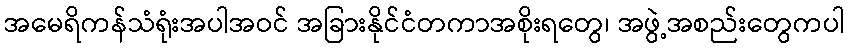
အမေရိကန်သံရုံးအပါအဝင် အခြားနိုင်ငံတကာအစိုးရတွေ၊ အဖွဲ့အစည်းတွေကပါ